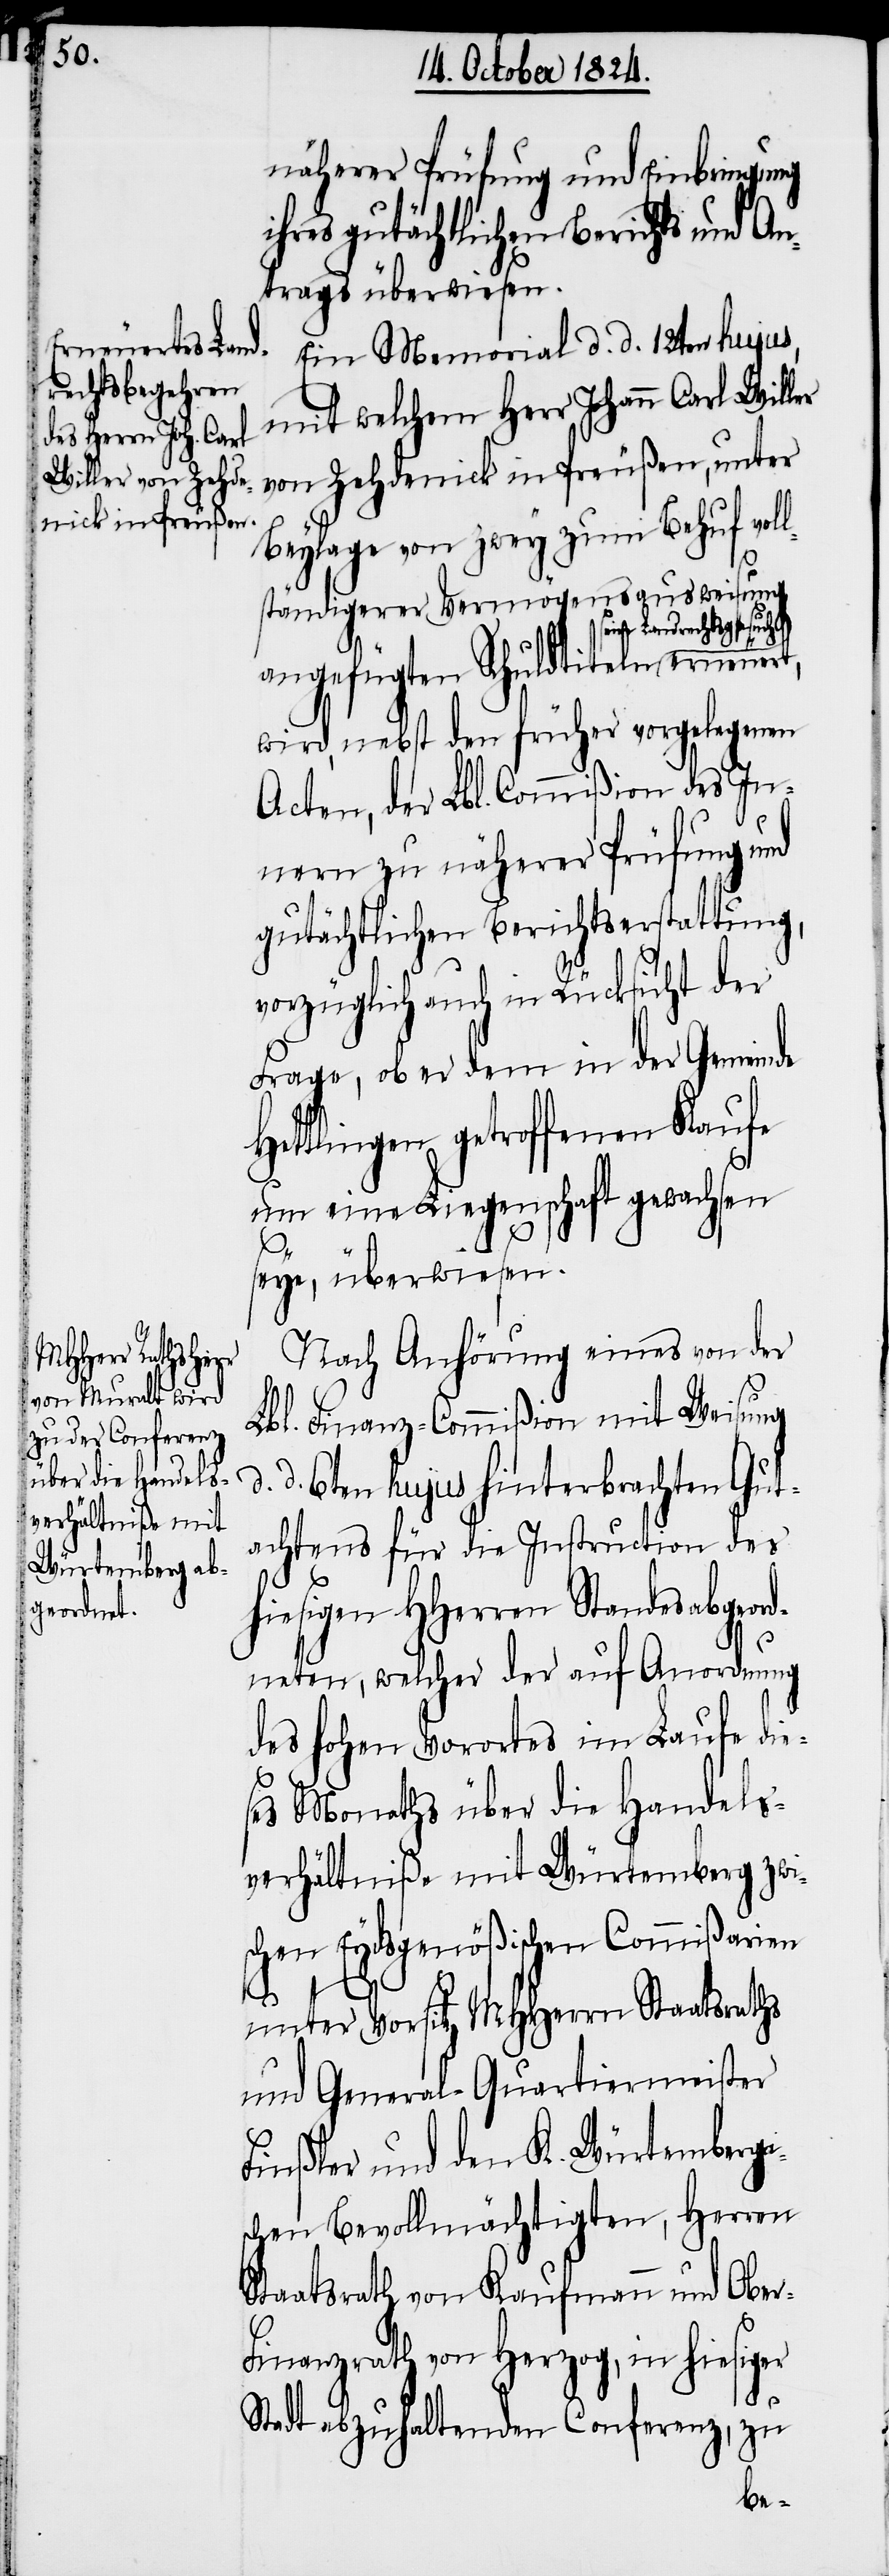
näherer Prüfung und Einbringung
ihres gutächtlichen Berichts und A¬
ntrags überwiesen.
Ein Memorial d. d. 12ten hujus,
mit welchem Herr Johann Carl Willer
von Zehdenick in Preußen, unter
Beylage von zwey zum Behuf vol¬
lständigerer Vermögensausweisung
Landrechtsgesuch-a
angefügten Schuldtiteln a-sein
wird, nebst den früher vorgelegten
Acten, der Lbl. Commißion des In¬
nern zu näherer Prüfung und
gutächtlichen Berichtserstattung,
vorzüglich auch in Rücksicht der
Frage, ob er dem in der Gemeinde
Hottingen getroffenen Kaufe
um eine Liegenschaft gewachsen
seye, überwiesen.
Nach Anhörung eines von der
Lbl. Finanz-Commißion mit Weisung
d. 6ten hujus hinterbrachten Gut¬
achtens für die Instruction des
hiesigen HHerrn Standesabgeord¬
neten, welcher der auf Anordnung
des hohen Vorortes im Laufe die¬
ses Monaths über die Handels¬
verhältniße mit Würtemberg zwi¬
schen Eydsgenößischen Commißarien
d.
unter Vorsitz MHHerrn Staatsraths
und General-Quartiermeister
Finßler und den K Würtembergi¬
schen Bevollmächtigten, Herren
Staatsrath von Kaufmann und Ober-F¬
inanzrath von Herzog, in hiesiger
Stadt abzuhaltenden Conferenz, zu